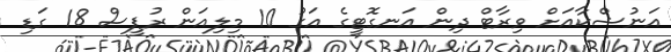
އަނުޝްކާއަށް ވިރާޓް ދިން އަނގޮޓީގެ އަގު 10 މިލިއަން ރުޕީސް 18 ގަޑި